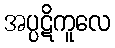
အပ္ပဋိကူလေ